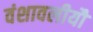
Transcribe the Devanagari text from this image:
वंशावलीयौं